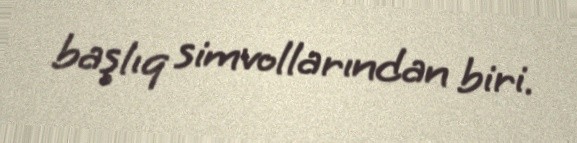
başlıq simvollarından biri.